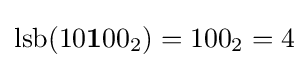
{\text{lsb}}(10{\textbf {1}}00_{2})=100_{2}=4